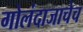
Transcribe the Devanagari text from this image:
गोलंदाजाचेच